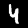
Digit: 4